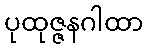
ပုထုဇ္ဇနဂါထာ